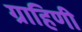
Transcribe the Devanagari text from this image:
ग्राहिणी